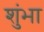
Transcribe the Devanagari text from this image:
शुंभा